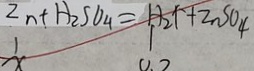
Z n + H _ { 2 } S O _ { 4 } = H _ { 2 } \uparrow + Z n S O _ { 4 }